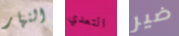
النهار التعدي ضير